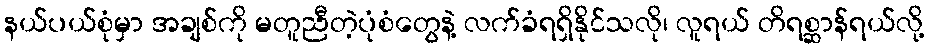
နယ်ပယ်စုံမှာ အချစ်ကို မတူညီတဲ့ပုံစံတွေနဲ့ လက်ခံရရှိနိုင်သလို၊ လူရယ် တိရစ္ဆာန်ရယ်လို့